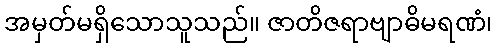
အမှတ်မရှိသောသူသည်။ ဇာတိဇရာဗျာဓိမရဏံ၊